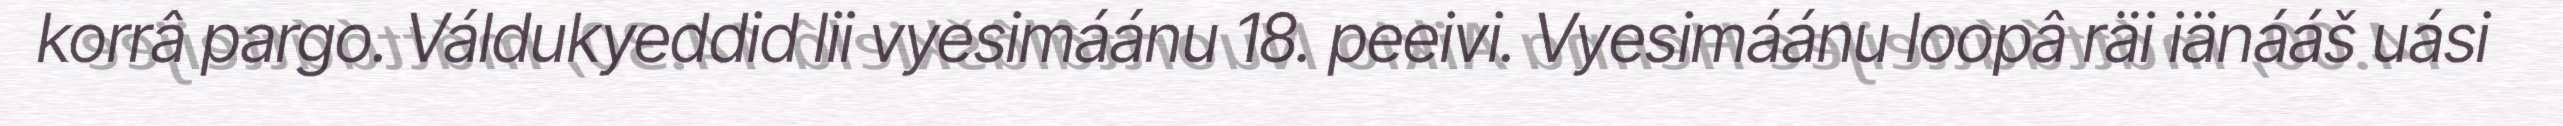
korrâ pargo. Váldukyeddid lii vyesimáánu 18. peeivi. Vyesimáánu loopâ räi iänááš uási